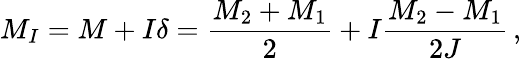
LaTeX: M_{I}=M+I\delta=\frac{M_{2}+M_{1}}{2}+I\frac{M_{2}-M_{1}}{2J}\, ,